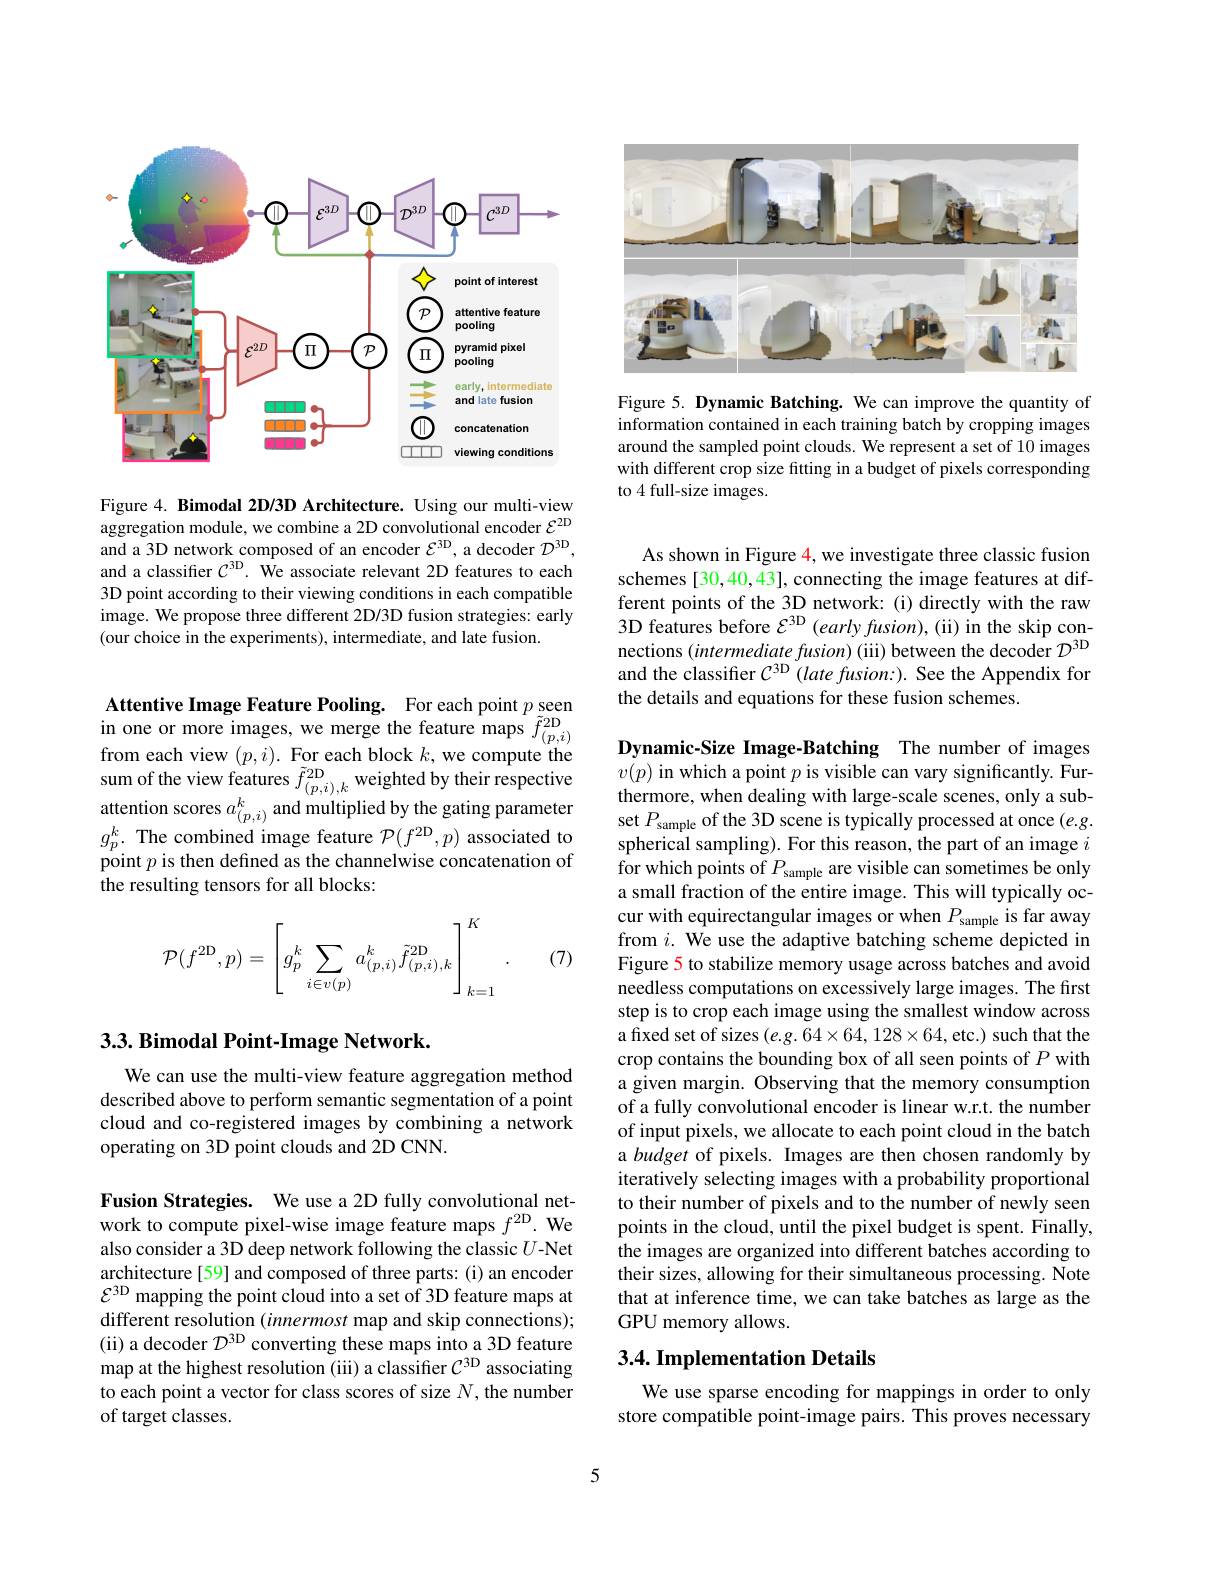
<FigureHere>

Figure 4. Bimodal 2D/3D Architecture. Using our multi-view aggregation module, we combine a 2D convolutional encoder $\mathcal{E}^\mathrm{2D}$ and a 3D network composed of an encoder $\mathcal{E}^\mathrm{3D}$, a decoder $\mathcal{D}^\mathrm{3D}$, and a classifier $\mathcal{C}^\mathrm{3D}.$ We associate relevant 2D features to each 3D point according to their viewing conditions in each compatible image. We propose three different 2D/3D fusion strategies: early (our choice in the experiments), intermediate, and late fusion.

Attentive Image Feature Pooling. For each point $p_{\tilde{z}\mathrm{op}}$ $\begin{array}{ll}{\mathrm{in~one~or~more~images,~we~merge~the~feature~maps~}\tilde{f}_{(p,i)}^{2D}}\\{\mathrm{from~each~view~}(p,i).~\mathrm{For~each~block~}k,~\mathrm{we~compute~the}}\end{array}$ from each view $(p,i)$,For each block,we compute the Dynamic-sze hmage-Bichatinng Ihe numbero t magess sumo fthen eview features $\tilde{f}_{[p,i],k}^\mathrm{fD}$weighed by their respective $v(p)$ in which apit pis visible can vary significantly. Fur-Fur attention s
the resulting tensors for all blocks:
$$\mathcal{P}(f^{2\text{D}},p)=\left[g_p^k\sum_{i\in v(p)}a_{(p,i)}^k\tilde{f}_{(p,i),k}^{2\text{D}}\right]_{k=1}^K\:.$$
(7)

## 3.3. Bimodal Point-Image Network.

We can use the multi-view feature aggregation method described above to perform semantic segmentation of a point cloud and co-registered images by combining a network operating on 3D point clouds and 2D CNN.

Fusion Strategies. We use a 2D fully convolutional network to compute pixel-wise image feature maps $f^{2\mathrm{D}}.$ We also consider a 3D deep network following the classic $U$-Net architecture [59] and composed of three parts: (i) an encoder $\mathcal{E}^{3\mathrm{D}}$ mapping the point cloud into a set of 3D feature maps at different resolution $(innermost$ map and skip connections); (ii) a decoder $\mathcal{D}^\mathrm{3D}$ converting these maps into a 3D feature map at the highest resolution (iii) a classifier $C^\mathrm{3D}$ associating to each point a vector for class scores of size $N$, the number of target classes.

<FigureHere>

Figure 5. Dynamic Batching. We can improve the quantity of information contained in each training batch by cropping images around the sampled point clouds. We represent a set of 10 images with different crop size fitting in a budget of pixels corresponding to 4 full-size images.

As shown in Figure $\color{red}{4,\text{we investigate three classic fusion}}$ schemes [30,40,43], connecting the image features at different points of the 3D network: (i) directly with the raw $\hat{3\text{D features before }\mathcal{E}^{3\mathrm{D}}}$ (early fusion), (ii) in the skip connections (intermediate fusion) (iii) between the decoder $D^\mathrm{3D}$ and the classifier $C^{3\mathrm{D} }( late\textit{fusion: ) . See the Appendix for}$ the details and equations for these fusion schemes.

Dynamic-Size Image-Batching The number of images for which points of $P_\mathrm{sample}$ are visible can sometimes be only a small fraction of the entire image. This will typically oc- $\begin{array}{l}\text{cur with equirectangular images or when }P_{\mathrm{sample}}\text{is far away}\\\text{from }i.\text{ We use the adaptive batching scheme depicted in}\end{array}$ Figure 5 to stabilize memory usage across batches and avoid needless computations on excessively large images. The first step is to crop each image using the smallest window across a fixed set of sizes $(e.g.64\times64,128\times64$,etc.) such that the crop contains the bounding box of all seen points of $P$ with a given margin. Observing that the memory consumption of a fully convolutional encoder is linear w.r.t. the number of input pixels, we allocate to each point cloud in the batch a budget of pixels. Images are then chosen randomly by iteratively selecting images with a probability proportional to their number of pixels and to the number of newly seen points in the cloud, until the pixel budget is spent. Finally, the images are organized into different batches according to their sizes, allowing for their simultaneous processing. Note that at inference time, we can take batches as large as the GPU memory allows.

## 3.4. Implementation Details

We use sparse encoding for mappings in order to only store compatible point-image pairs. This proves necessary

5